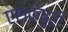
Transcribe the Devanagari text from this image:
एसकेपुरी